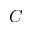
C